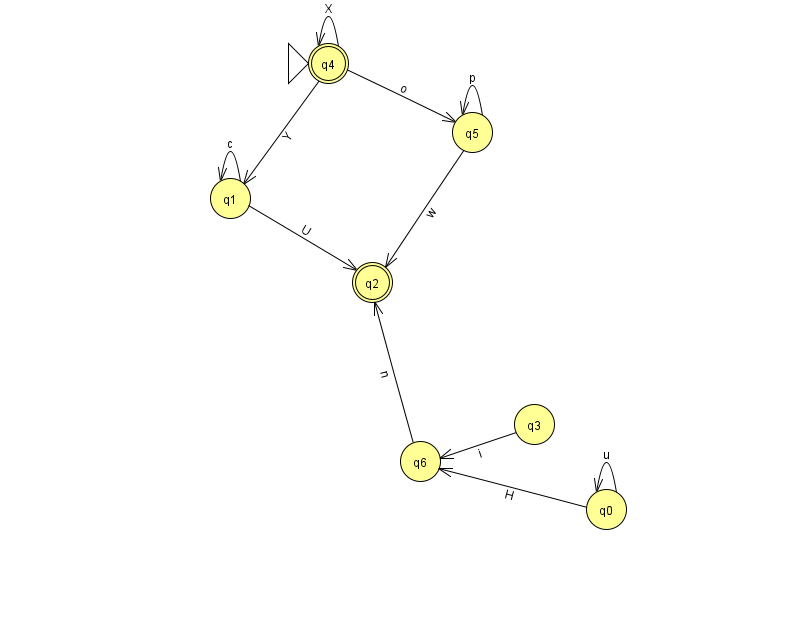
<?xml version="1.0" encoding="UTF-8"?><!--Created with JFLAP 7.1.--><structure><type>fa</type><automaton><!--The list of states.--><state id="0" name="q0"><x>606.0</x><y>496.0</y></state><state id="1" name="q1"><x>230.0</x><y>185.0</y></state><state id="2" name="q2"><x>372.0</x><y>269.0</y><final/></state><state id="3" name="q3"><x>534.0</x><y>411.0</y></state><state id="4" name="q4"><x>328.0</x><y>50.0</y><initial/><final/></state><state id="5" name="q5"><x>472.0</x><y>119.0</y></state><state id="6" name="q6"><x>420.0</x><y>448.0</y></state><!--The list of transitions.--><transition><from>5</from><to>5</to><read>p</read></transition><transition><from>1</from><to>1</to><read>c</read></transition><transition><from>5</from><to>2</to><read>w</read></transition><transition><from>4</from><to>5</to><read>o</read></transition><transition><from>0</from><to>0</to><read>u</read></transition><transition><from>0</from><to>6</to><read>H</read></transition><transition><from>3</from><to>6</to><read>i</read></transition><transition><from>4</from><to>4</to><read>X</read></transition><transition><from>4</from><to>1</to><read>Y</read></transition><transition><from>1</from><to>2</to><read>U</read></transition><transition><from>6</from><to>2</to><read>n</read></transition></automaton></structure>